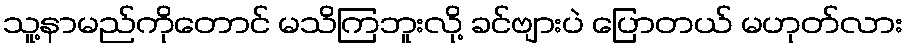
သူ့နာမည်ကိုတောင် မသိကြဘူးလို့ ခင်ဗျားပဲ ပြောတယ် မဟုတ်လား